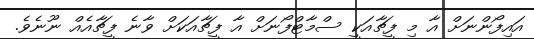
އައިފޯންނަށް އާ މި ފީޗާއަކީ ސްމާޓްފޯނަށް އާ ފީޗާއަކަށް ވާނެ ފީޗާއެއް ނޫނެވެ.